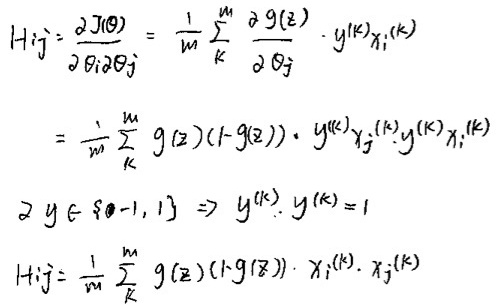
\[
\begin{align*}
H_{ij}&=\frac{\partial J(\theta)}{\partial\theta_i\partial\theta_j}=\frac{1}{m}\sum_{k}\frac{\partial g(z)}{\partial\theta_j}\cdot y^{(k)}x_i^{(k)}\\
&=\frac{1}{m}\sum_{k}g(z)(1 - g(z))\cdot y^{(k)}x_j^{(k)}y^{(k)}x_i^{(k)}\\
&\text{if }y\in\{-1,1\}\Rightarrow y^{(k)}\cdot y^{(k)} = 1\\
H_{ij}&=\frac{1}{m}\sum_{k}g(z)(1 - g(z))\cdot x_i^{(k)}\cdot x_j^{(k)}
\end{align*}
\]